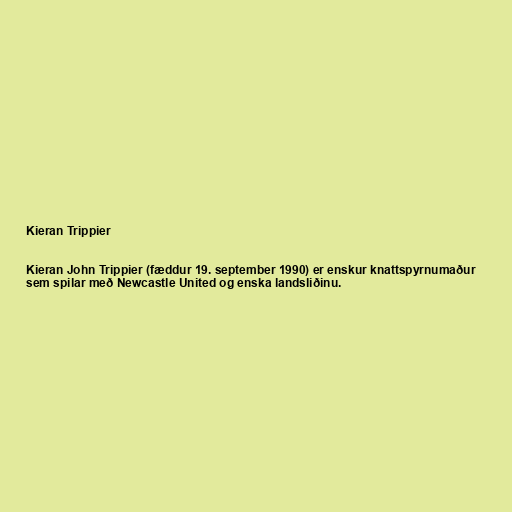
Kieran Trippier

Kieran John Trippier (fæddur 19. september 1990) er enskur knattspyrnumaður
sem spilar með Newcastle United og enska landsliðinu.